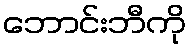
ဘောင်းဘီကို